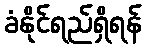
ခံနိုင်ရည်ရှိရန်